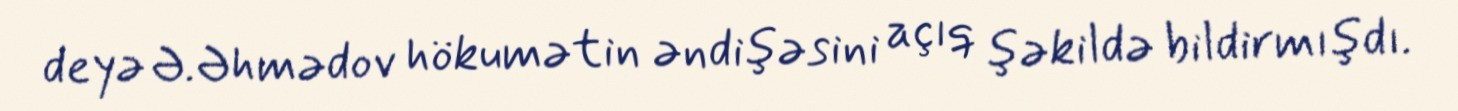
deyə Ə.Əhmədov hökumətin əndişəsini açıq şəkildə bildirmışdı.